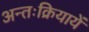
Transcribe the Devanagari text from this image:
अन्तःक्रियायें